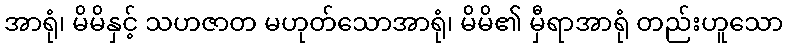
အာရုံ၊ မိမိနှင့် သဟဇာတ မဟုတ်သောအာရုံ၊ မိမိ၏ မှီရာအာရုံ တည်းဟူသော